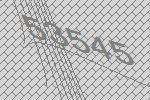
53545